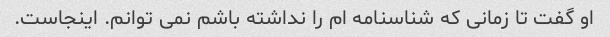
او گفت تا زمانی که شناسنامه ام را نداشته باشم نمی توانم. اینجاست.